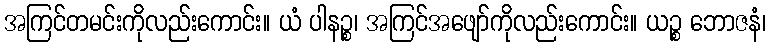
အကြင်တမင်းကိုလည်းကောင်း။ ယံ ပါနဉ္စ၊ အကြင်အဖျော်ကိုလည်းကောင်း။ ယဉ္စ ဘောဇနံ၊